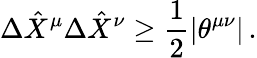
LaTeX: \Delta\hat{X}^{\mu}\Delta\hat{X}^{\nu}\geq{\frac{1}{2}}|\theta^{\mu\nu}|\, .